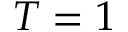
T = 1